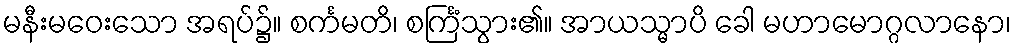
မနီးမဝေးသော အရပ်၌။ စင်္ကမတိ၊ စင်္ကြံသွား၏။ အာယသ္မာပိ ခေါ မဟာမောဂ္ဂလာနော၊